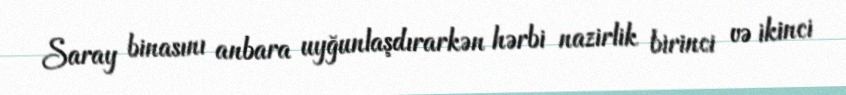
Saray binasını anbara uyğunlaşdırarkən hərbi nazirlik birinci və ikinci